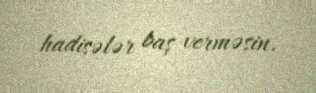
hadisələr baş verməsin.